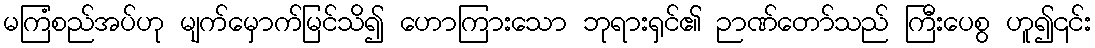
မကြံစည်အပ်ဟု မျက်မှောက်မြင်သိ၍ ဟောကြားသော ဘုရားရှင်၏ ဉာဏ်တော်သည် ကြီးပေစွ ဟူ၍၎င်း